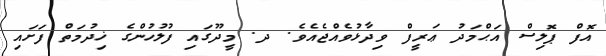
އޮފް ޕޮލިސް އަޙްމަދު ޢަރީފް ވިދާޅުވެއްޖެއެވެ. ދ. މީދޫގައި ފުލުހުންގެ ޚިދުމަތް ފަށައި